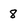
Character: 8